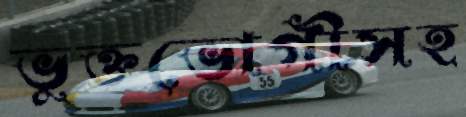
ভুক্তভোগীসহ